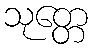
သုတ္တေ